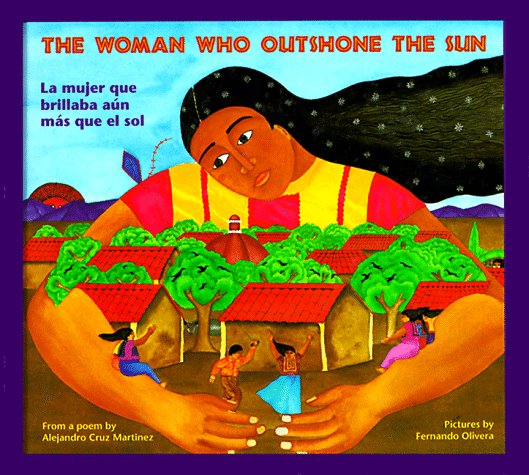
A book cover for La mujer que brillaba aÃºn mÃ¡s que el sol / The Woman Outshone the Sun; Alejandro Cruz Martinez; Children's Books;